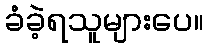
ခံခဲ့ရသူများပေ။